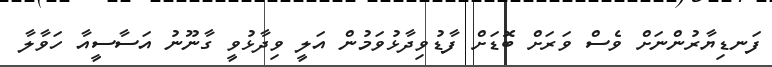
ފަނޑިޔާރުންނަށް ވެސް ވަރަށް ބޮޑަށް ފާޑުވިދާޅުވަމުން އަލީ ވިދާޅުވީ ގާނޫނު އަސާސީއާ ހަވާލާ